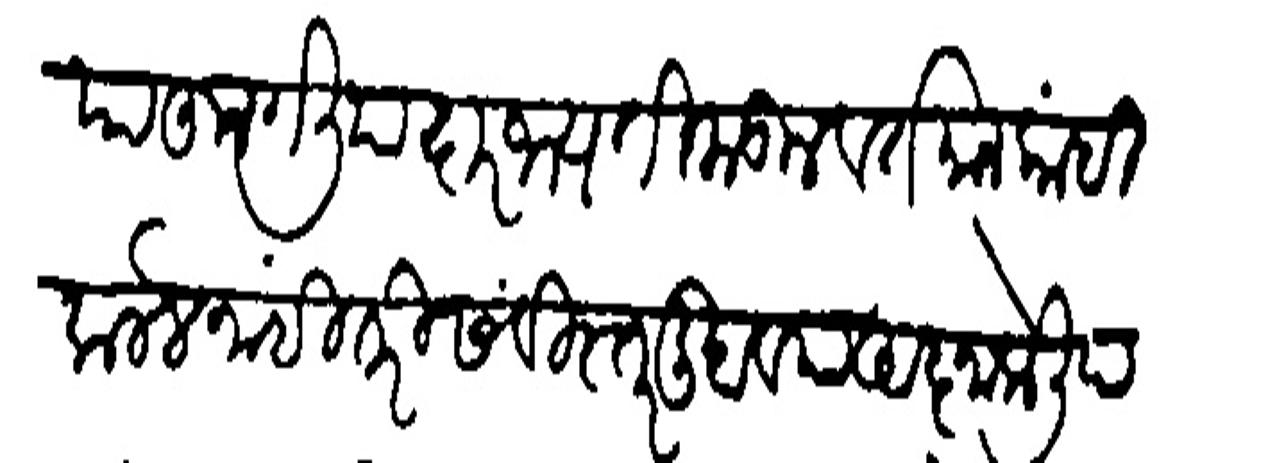
Transliteration (Devanagari): याहून गेखियादारम्य तिकडील वर्तमान कांही कलले नाहीं तरी सविस्तर लिहावया अज्ञा केली पाहिजे